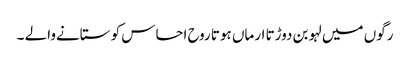
رگوں میں لہو بن دوڑتا ارماں ہوتا روح احساس کو ستانےوالے ۔